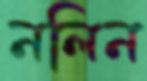
নলিন